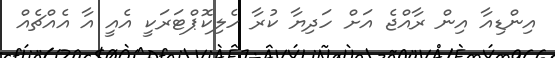
އިންޑިއާ އިން ރާއްޖެ އަށް ހަދިޔާ ކުރާ ހެލިކޮޕްޓަރަކީ އެއީ އާ އެއްޗެއްް